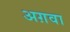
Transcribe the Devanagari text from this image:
अग़वा